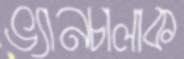
ভ্যানচালাক